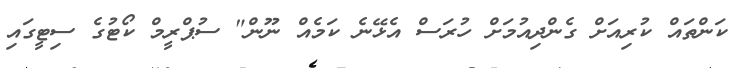
ކަންތައް ކުރިއަށް ގެންދިއުމަށް ހުރަސް އެޅޭނެ ކަމެއް ނޫން" ސުޕްރީމް ކޯޓުގެ ސިޓީގައި